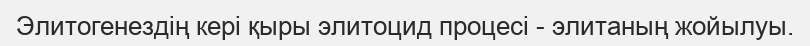
Элитогенездің кері қыры элитоцид процесі - элитаның жойылуы.